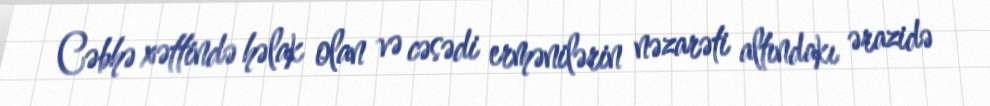
Cəbhə xəttində həlak olan və cəsədi ermənilərin nəzarəti altındakı ərazidə